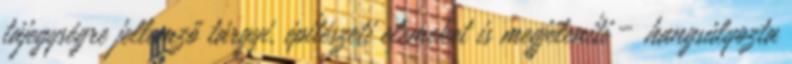
tájegységre jellemző tárgyi, építészeti elemeket is megjeleníti – hangsúlyozta